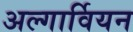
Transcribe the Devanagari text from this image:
अल्गार्वियन